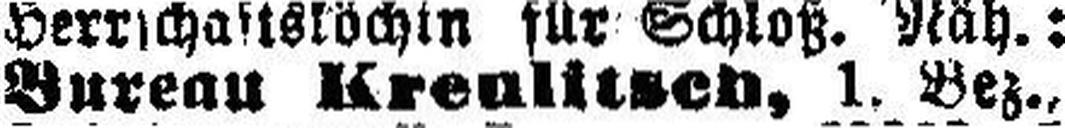
Bureau Krealitsen, 1. Bez.,